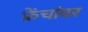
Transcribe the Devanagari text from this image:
फ्रेंचांवर